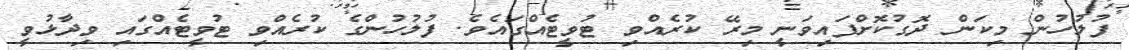
ފުލުހުން މިކަން ދޮގުކޮށްފައިވަނީ މިރޭ ކުރެއްވި ޓުވީޓެއްގައެވެ. ފުލުހުންގެ ކުރެއްވި ޓުވީޓެއްގައި ވިދާޅުވީ